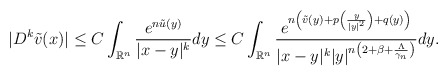
\begin{align*}|D^k\tilde{v}(x)|\leq C\int_{\mathbb{R}^n}\frac{e^{n\tilde{u}(y)}}{|x-y|^k}dy \leq C\int_{\mathbb{R}^n}\frac{e^{n\left(\tilde{v}(y)+p\left(\frac{y}{|y|^2}\right)+q(y)\right)}}{|x-y|^k|y|^{n\left(2+\beta+\frac{\Lambda}{\gamma_{n}}\right)}}dy. \end{align*}